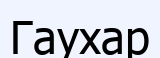
Гаухар